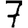
Digit: 7